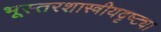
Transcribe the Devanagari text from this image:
भूस्तरशास्त्रीयदृष्ट्या